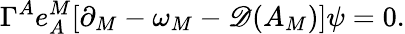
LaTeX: \Gamma^{A}e_{A}^{M}[\partial_{M}-\omega_{M}-{\cal\mathscr{D}}(A_{M})]\psi=0.